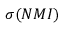
\sigma ( N M I )